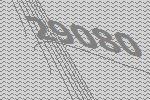
29080